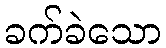
ခက်ခဲသော